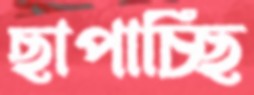
ছাপাচ্ছি